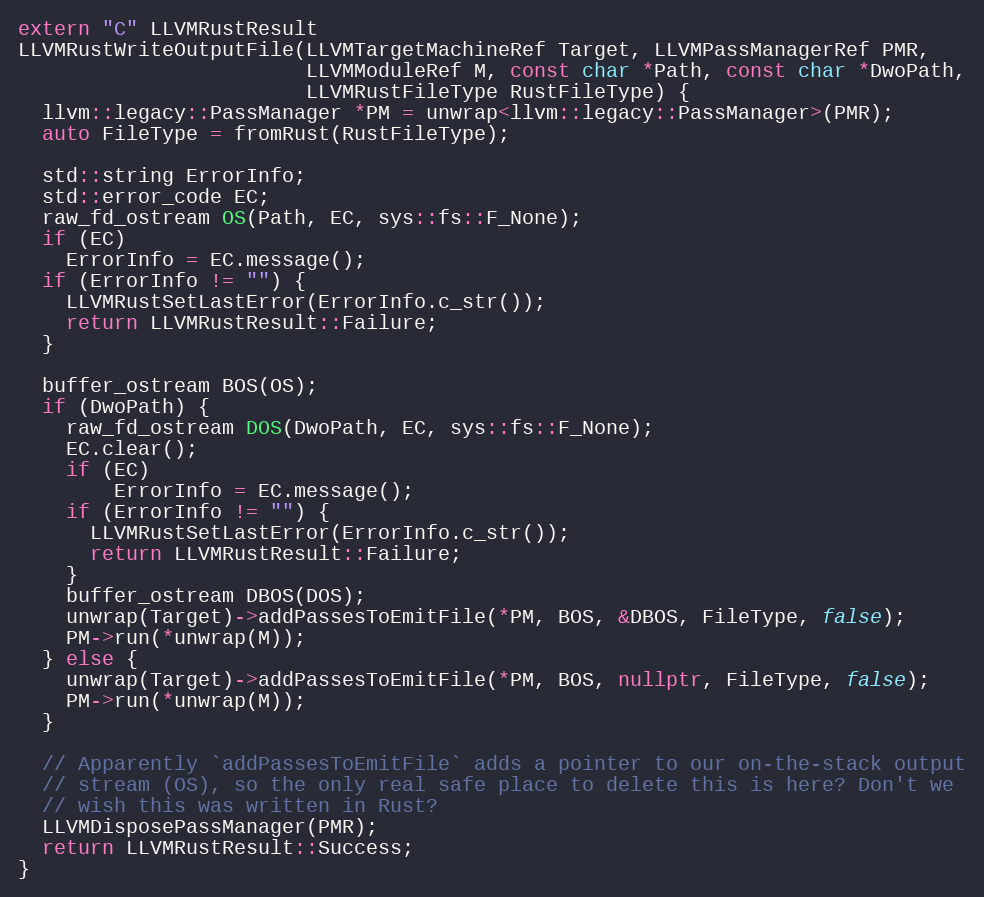
Language: C++
extern "C" LLVMRustResult
LLVMRustWriteOutputFile(LLVMTargetMachineRef Target, LLVMPassManagerRef PMR,
                        LLVMModuleRef M, const char *Path, const char *DwoPath,
                        LLVMRustFileType RustFileType) {
  llvm::legacy::PassManager *PM = unwrap<llvm::legacy::PassManager>(PMR);
  auto FileType = fromRust(RustFileType);

  std::string ErrorInfo;
  std::error_code EC;
  raw_fd_ostream OS(Path, EC, sys::fs::F_None);
  if (EC)
    ErrorInfo = EC.message();
  if (ErrorInfo != "") {
    LLVMRustSetLastError(ErrorInfo.c_str());
    return LLVMRustResult::Failure;
  }

  buffer_ostream BOS(OS);
  if (DwoPath) {
    raw_fd_ostream DOS(DwoPath, EC, sys::fs::F_None);
    EC.clear();
    if (EC)
        ErrorInfo = EC.message();
    if (ErrorInfo != "") {
      LLVMRustSetLastError(ErrorInfo.c_str());
      return LLVMRustResult::Failure;
    }
    buffer_ostream DBOS(DOS);
    unwrap(Target)->addPassesToEmitFile(*PM, BOS, &DBOS, FileType, false);
    PM->run(*unwrap(M));
  } else {
    unwrap(Target)->addPassesToEmitFile(*PM, BOS, nullptr, FileType, false);
    PM->run(*unwrap(M));
  }

  // Apparently `addPassesToEmitFile` adds a pointer to our on-the-stack output
  // stream (OS), so the only real safe place to delete this is here? Don't we
  // wish this was written in Rust?
  LLVMDisposePassManager(PMR);
  return LLVMRustResult::Success;
}